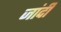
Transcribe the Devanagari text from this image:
जांदी